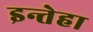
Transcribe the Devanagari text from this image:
इन्तेहा